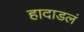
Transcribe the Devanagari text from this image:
हादाडलं